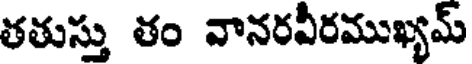
తతుస్తు తం వానరవీరముఖ్యమ్